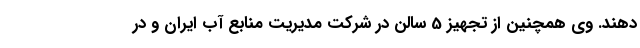
دهند. وی همچنین از تجهیز 5 سالن در شرکت مدیریت منابع آب ایران و در